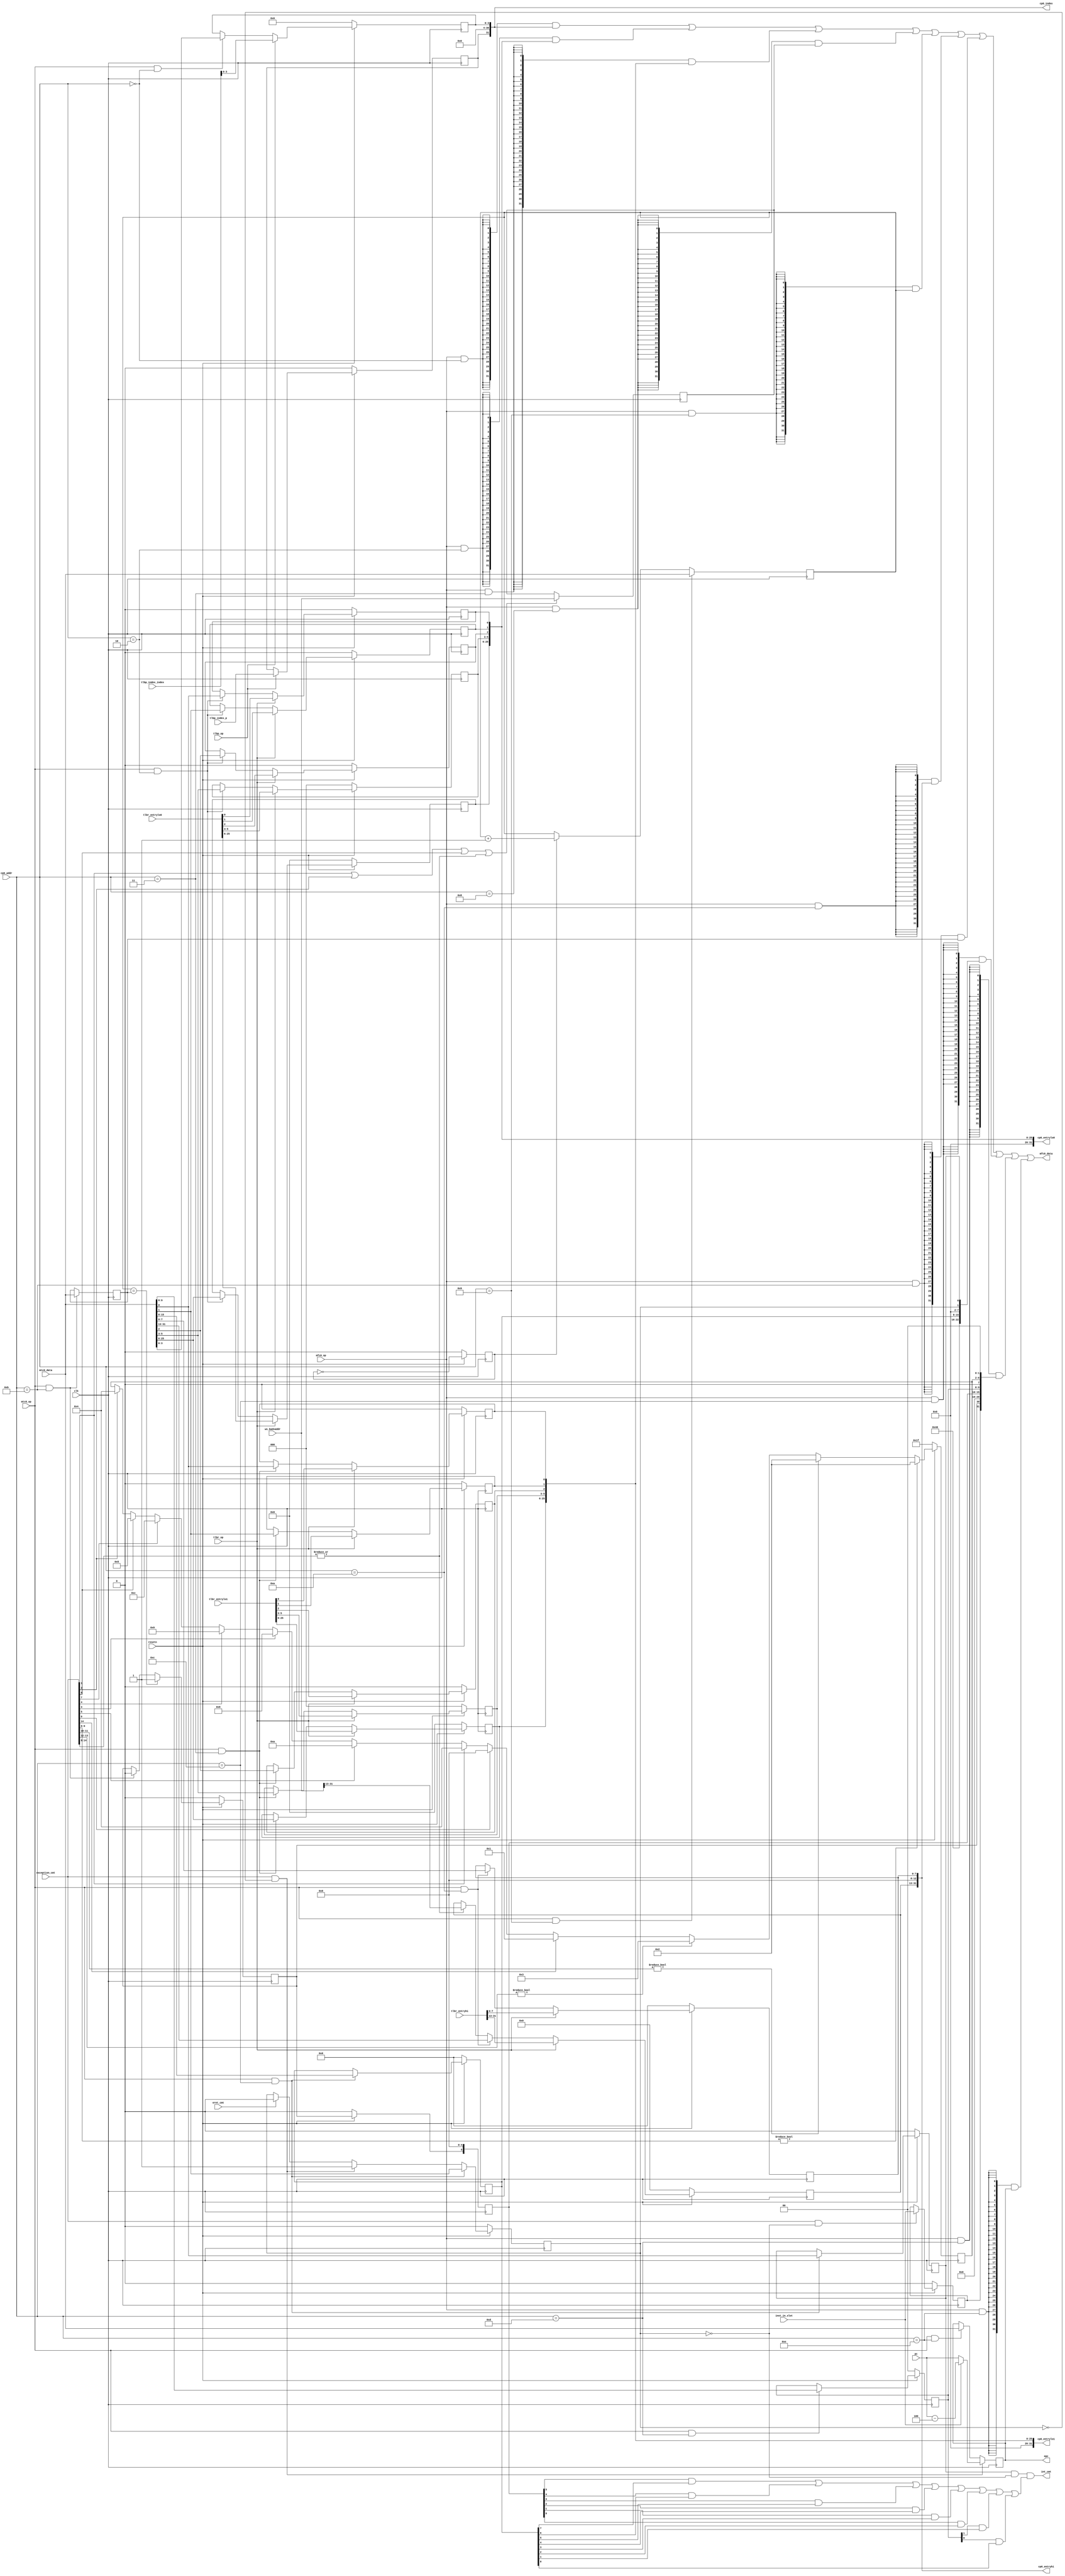
module cp0(
    input                           clk              ,
    input                           resetn           ,
    input  [31:0]                   pc               ,
    input  [14:0]                   exception_cmt    ,
    input                           eret_cmt         ,
    input                           inst_in_slot     ,
    input                           mtc0_op          ,
    input                           mfc0_op          ,
    input  [ 4:0]                   cp0_addr         ,
    input  [31:0]                   mtc0_data        ,
    output [31:0]                   mfc0_data        ,
    output [31:0]                   epc              ,
    //lab9 newly added
    output                          int_cmt          ,
    input  [31:0]                   ws_badvaddr      ,
    // TLB
    output [31:0]                   cp0_entryhi      , 
    output [31:0]                   cp0_entrylo0     ,
    output [31:0]                   cp0_entrylo1     ,
    output [31:0]                   cp0_index        ,
    input                           tlbp_op          ,
    input                           tlbr_op          ,
    // in EXE TLB search
    input                           tlbp_index_p      ,
    input  [5:0]                    tlbp_index_index  ,
    // in WB TLB read
    input  [31:0]                   tlbr_entryhi     ,
    input  [31:0]                   tlbr_entrylo0    ,
    input  [31:0]                   tlbr_entrylo1    
    // input  [31:0]                   tlbr_index       
);


wire [5:0] ext_int_in;
assign ext_int_in = 6'd0;

//mtc0
wire        cp0_status_wen;
wire        cp0_cause_wen;
wire        cp0_epc_wen;
wire        cp0_count_wen;
wire        cp0_compare_wen;
wire        cp0_index_wen;
wire        cp0_entryhi_wen;
wire        cp0_entrylo0_wen;
wire        cp0_entrylo1_wen;


//mfc0
wire        cp0_badvaddr_read;
wire        cp0_status_read;
wire        cp0_cause_read;
wire        cp0_epc_read;
wire        cp0_count_read;
wire        cp0_compare_read;
wire        cp0_index_read;
wire        cp0_entryhi_read;
wire        cp0_entrylo0_read;
wire        cp0_entrylo1_read;

//cp0
reg  [31:0] cp0_badvaddr;

wire [31:0] cp0_status;
wire        cp0_status_bev;
reg  [ 7:0] cp0_status_im;
reg         cp0_status_exl;
reg         cp0_status_ie;

wire [31:0] cp0_cause;
reg         cp0_cause_bd;
reg         cp0_cause_ti;
reg  [ 7:0] cp0_cause_ip;
reg  [ 4:0] cp0_cause_exccode;

reg  [31:0] cp0_epc;
reg  [31:0] cp0_count;
reg  [31:0] cp0_compare;

wire [31:0] epc_data;

// entryhi entrylo0 entrylo1 index
//wire [31:0] cp0_entryhi;
//wire [31:0] cp0_entrylo0;
//wire [31:0] cp0_entrylo1;
//wire [31:0] cp0_index;

reg  cp0_index_p;
reg  [3:0] cp0_index_index;
assign cp0_index = {cp0_index_p, 27'b0, cp0_index_index};

reg [19:0] cp0_entrylo0_pfn;
reg [2:0]  cp0_entrylo0_c;
reg cp0_entrylo0_d;
reg cp0_entrylo0_v;
reg cp0_entrylo0_g;
assign cp0_entrylo0 = {6'b0, cp0_entrylo0_pfn, cp0_entrylo0_c, cp0_entrylo0_d, cp0_entrylo0_v, cp0_entrylo0_g};

reg [19:0] cp0_entrylo1_pfn;
reg [2:0]  cp0_entrylo1_c;
reg cp0_entrylo1_d;
reg cp0_entrylo1_v;
reg cp0_entrylo1_g;
assign cp0_entrylo1 = {6'b0, cp0_entrylo1_pfn, cp0_entrylo1_c, cp0_entrylo1_d, cp0_entrylo1_v, cp0_entrylo1_g};

reg [18:0] cp0_entryhi_vpn2;
reg [7:0] cp0_entryhi_asid;
assign cp0_entryhi = {cp0_entryhi_vpn2, 5'b0, cp0_entryhi_asid};

assign epc_data = inst_in_slot ? pc - 32'd4
                               : pc;

wire tlb_exception;
assign tlb_exception = |exception_cmt[14:8];

assign epc = cp0_epc;

assign ie_value = cp0_status_ie;

assign int_cmt = cp0_status_ie   &&!cp0_status_exl   &&
                (cp0_cause_ip[7] && cp0_status_im[7] ||
                 cp0_cause_ip[6] && cp0_status_im[6] ||
                 cp0_cause_ip[5] && cp0_status_im[5] ||
                 cp0_cause_ip[4] && cp0_status_im[4] ||
                 cp0_cause_ip[3] && cp0_status_im[3] ||
                 cp0_cause_ip[2] && cp0_status_im[2] ||
                 cp0_cause_ip[1] && cp0_status_im[1] ||
                 cp0_cause_ip[0] && cp0_status_im[0] );

//mtc0
assign cp0_index_wen      = mtc0_op & (cp0_addr == 4'd0 );
assign cp0_entrylo0_wen   = mtc0_op & (cp0_addr == 4'd2 );
assign cp0_entrylo1_wen   = mtc0_op & (cp0_addr == 4'd3 );
assign cp0_count_wen      = mtc0_op & (cp0_addr == 4'd9 );
assign cp0_entryhi_wen    = mtc0_op & (cp0_addr == 4'd10);
assign cp0_compare_wen    = mtc0_op & (cp0_addr == 4'd11);
assign cp0_status_wen     = mtc0_op & (cp0_addr == 4'd12);
assign cp0_cause_wen      = mtc0_op & (cp0_addr == 4'd13);
assign cp0_epc_wen        = mtc0_op & (cp0_addr == 4'd14);

//mfc0
assign cp0_index_read     = mfc0_op & (cp0_addr == 4'd0 );
assign cp0_entrylo0_read  = mfc0_op & (cp0_addr == 4'd2 );
assign cp0_entrylo1_read  = mfc0_op & (cp0_addr == 4'd3 );
assign cp0_badvaddr_read  = mfc0_op & (cp0_addr == 4'd8 );
assign cp0_count_read     = mfc0_op & (cp0_addr == 4'd9 );
assign cp0_entryhi_read   = mfc0_op & (cp0_addr == 4'd10);
assign cp0_compare_read   = mfc0_op & (cp0_addr == 4'd11);
assign cp0_status_read    = mfc0_op & (cp0_addr == 4'd12);
assign cp0_cause_read     = mfc0_op & (cp0_addr == 4'd13);
assign cp0_epc_read       = mfc0_op & (cp0_addr == 4'd14);

assign mfc0_data = ({32{cp0_index_read   }} & cp0_index   )
                 | ({32{cp0_entrylo0_read}} & cp0_entrylo0)
                 | ({32{cp0_entrylo1_read}} & cp0_entrylo1)
                 | ({32{cp0_badvaddr_read}} & cp0_badvaddr)
                 | ({32{cp0_count_read   }} & cp0_count   )
                 | ({32{cp0_entryhi_read }} & cp0_entryhi )
                 | ({32{cp0_compare_read }} & cp0_compare )
                 | ({32{cp0_status_read  }} & cp0_status  )
                 | ({32{cp0_cause_read   }} & cp0_cause   )
                 | ({32{cp0_epc_read     }} & cp0_epc     );

//cp0
//badvaddr
wire ade;
assign ade = exception_cmt[1] || exception_cmt[2] || exception_cmt[6] || tlb_exception;

always @(posedge clk) 
begin
    if (ade)
        cp0_badvaddr <= ws_badvaddr;
end

//status
assign cp0_status = { 9'd0,
                      cp0_status_bev, //22
                      6'd0,
                      cp0_status_im,  //15:8
                      6'd0,
                      cp0_status_exl, //1
                      cp0_status_ie   //0
                    };

assign cp0_status_bev = 1'b1;

always @(posedge clk) begin
    if(~resetn) begin 
        cp0_index_index <= 4'b0;
        cp0_index_p <= 1'b0;
    end else begin 
        if(tlbp_op) begin 
            cp0_index_p <= tlbp_index_p;
            cp0_index_index <= tlbp_index_index[3:0];
        end else if(cp0_index_wen) begin
            cp0_index_index <= mtc0_data[3:0];
        end
    end
end

always @(posedge clk) begin 
    if(~resetn) begin 
        cp0_entrylo0_pfn <= 20'b0;
        cp0_entrylo0_c <= 3'b0;
        cp0_entrylo0_d <= 1'b0;
        cp0_entrylo0_v <= 1'b0;
        cp0_entrylo0_g <= 1'b0;
    end else begin
        if(tlbr_op) begin 
            cp0_entrylo0_pfn <= tlbr_entrylo0[25:6];
            cp0_entrylo0_c   <= tlbr_entrylo0[5:3];
            cp0_entrylo0_d   <= tlbr_entrylo0[2:2];
            cp0_entrylo0_v   <= tlbr_entrylo0[1:1];
            cp0_entrylo0_g   <= tlbr_entrylo0[0:0];
        end else if(cp0_entrylo0_wen) begin 
            cp0_entrylo0_pfn <= mtc0_data[25:6];
            cp0_entrylo0_c   <= mtc0_data[5:3];
            cp0_entrylo0_d   <= mtc0_data[2:2];
            cp0_entrylo0_v   <= mtc0_data[1:1];
            cp0_entrylo0_g   <= mtc0_data[0:0];
        end
    end
end

always @(posedge clk) begin 
    if(~resetn) begin 
        cp0_entrylo1_pfn <= 20'b0;
        cp0_entrylo1_c <= 3'b0;
        cp0_entrylo1_d <= 1'b0;
        cp0_entrylo1_v <= 1'b0;
        cp0_entrylo1_g <= 1'b0;
    end else begin 
        if(tlbr_op) begin 
            cp0_entrylo1_pfn <= tlbr_entrylo1[25:6];
            cp0_entrylo1_c   <= tlbr_entrylo1[5:3];
            cp0_entrylo1_d   <= tlbr_entrylo1[2:2];
            cp0_entrylo1_v   <= tlbr_entrylo1[1:1];
            cp0_entrylo1_g   <= tlbr_entrylo1[0:0];
        end else if(cp0_entrylo1_wen) begin 
            cp0_entrylo1_pfn <= mtc0_data[25:6];
            cp0_entrylo1_c   <= mtc0_data[5:3];
            cp0_entrylo1_d   <= mtc0_data[2:2];
            cp0_entrylo1_v   <= mtc0_data[1:1];
            cp0_entrylo1_g   <= mtc0_data[0:0];
        end
    end
end

always @(posedge clk) begin 
    if(~resetn) begin 
        cp0_entryhi_vpn2 <= 19'b0;
        cp0_entryhi_asid <= 8'b0;
    end else begin 
        if(tlbr_op) begin 
            cp0_entryhi_vpn2 <= tlbr_entryhi[31:13];
            cp0_entryhi_asid <= tlbr_entryhi[7:0];
        end else if(cp0_entryhi_wen) begin 
            cp0_entryhi_vpn2 <= mtc0_data[31:13];
            cp0_entryhi_asid <= mtc0_data[7:0];
        end else if(tlb_exception) begin 
            cp0_entryhi_vpn2 <= ws_badvaddr[31:13];
        end
    end
end

always@(posedge clk)
begin
    if(~resetn) begin 
        cp0_status_im <= 8'b0;
    end else if(cp0_status_wen)
        cp0_status_im <= mtc0_data[15:8];
end


always@(posedge clk)
begin
    if(~resetn)
        cp0_status_exl <= 1'b0;
    else if(cp0_status_wen)
        cp0_status_exl <= mtc0_data[1];
    else if(exception_cmt && cp0_status_exl == 1'b0)
        cp0_status_exl <= 1'b1;
    else if(eret_cmt)
        cp0_status_exl <= 1'b0;
end

always@(posedge clk)
begin
    if(~resetn)
        cp0_status_ie <= 1'b0;
    else if(cp0_status_wen)
        cp0_status_ie <= mtc0_data[0];
end
//cause
assign cp0_cause = { cp0_cause_bd, //32
                     cp0_cause_ti, //31
                     14'd0,
                     cp0_cause_ip, //15:8
                     1'b0,
                     cp0_cause_exccode, //6:2
                     2'd0
                    };

always@(posedge clk)
begin
    if(~resetn)
        cp0_cause_bd <= 1'b0;
    else if(exception_cmt && !cp0_status_exl)
        cp0_cause_bd <= inst_in_slot;
end

always@(posedge clk)
begin
    if(~resetn)
        cp0_cause_ti <= 1'b0;
    else if(cp0_count == cp0_compare)
        cp0_cause_ti <= 1'b1;
    else if(cp0_compare_wen)
        cp0_cause_ti <= 1'b0;
end

always@(posedge clk)
begin
    if(~resetn)
        cp0_cause_ip[1:0] <= 2'd0;
    else if(cp0_cause_wen)
        cp0_cause_ip[1:0] <= mtc0_data[9:8];
end 

always @(posedge clk) 
begin
    if (~resetn)
        cp0_cause_ip[7:2] <= 6'b0;
    else begin
        cp0_cause_ip[7] <= ext_int_in[5] | cp0_cause_ti;
        cp0_cause_ip[6:2] <= ext_int_in[4:0];
    end
end

always@(posedge clk)
begin
    if(~resetn)
        cp0_cause_exccode <= 5'd31;
    else if(exception_cmt[9:8])
        cp0_cause_exccode <= 5'd2; // TLBL_if
    else if(exception_cmt[11:10])
        cp0_cause_exccode <= 5'd2; // TLBL_es
    else if(exception_cmt[13:12]) 
        cp0_cause_exccode <= 5'd3; // TLBS_es
    else if(exception_cmt[14])
        cp0_cause_exccode <= 5'd1; // TLBM
    else if(exception_cmt[0])
        cp0_cause_exccode <= 5'd0; // int
    else if(exception_cmt[1])
        cp0_cause_exccode <= 5'd4; // ADEL_if
    else if(exception_cmt[5])
        cp0_cause_exccode <= 5'd10; // Reserved Instruction
    else if(exception_cmt[3])
        cp0_cause_exccode <= 5'd8; // syscall
    else if(exception_cmt[4])
        cp0_cause_exccode <= 5'd9; // breakpoint
    else if(exception_cmt[7])
        cp0_cause_exccode <= 5'd12; // Overflow
    else if(exception_cmt[6])
        cp0_cause_exccode <= 5'd5; // ADES
    else if(exception_cmt[2])
        cp0_cause_exccode <= 5'd4; // ADEL_mem
end
//epc
always@(posedge clk)
begin
    if(exception_cmt && cp0_status_exl != 1'b1)
        cp0_epc <= epc_data;
    else if(cp0_epc_wen)
        cp0_epc <= mtc0_data;
end
//count
reg tick;
always @(posedge clk) 
begin
    if (~resetn) tick <= 1'b0;
    else tick <= ~tick;
end

always@(posedge clk)
begin
    if(cp0_count_wen)
        cp0_count <= mtc0_data;
    else if(tick)
        cp0_count <= cp0_count + 32'b1;
end
//compare
always@(posedge clk)
begin
    if(cp0_compare_wen)
        cp0_compare <= mtc0_data;
end

endmodule